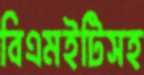
বিএমইটিসহ